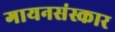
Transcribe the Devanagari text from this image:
गायनसंस्कार